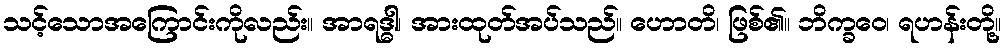
သင့်သောအကြောင်းကိုလည်း။ အာရဒ္ဓါ၊ အားထုတ်အပ်သည်။ ဟောတိ၊ ဖြစ်၏။ ဘိက္ခဝေ၊ ရဟန်းတို့။